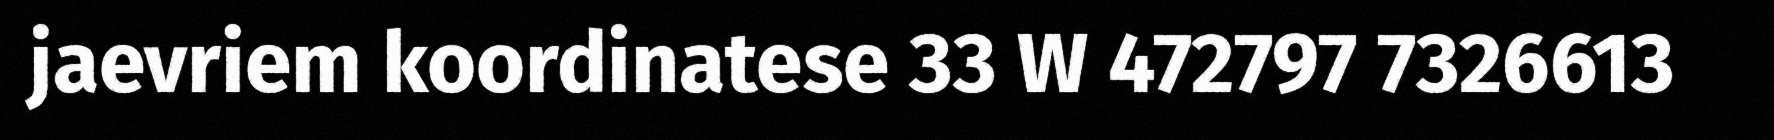
jaevriem koordinatese 33 W 472797 7326613